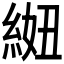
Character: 𫃩